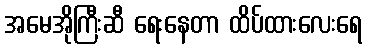
အမေအိုကြီးဆီ ရေးနေတာ ထိပ်ထားလေးရေ